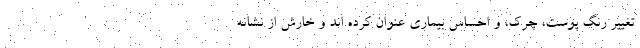
تغییر رنگ پوست، چرک، و احساس بیماری عنوان کرده اند و خارش از نشانه